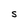
Character: S